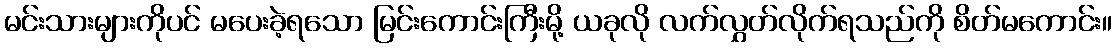
မင်းသားများကိုပင် မပေးခဲ့ရသော မြင်းကောင်းကြီးမို့ ယခုလို လက်လွှတ်လိုက်ရသည်ကို စိတ်မကောင်း။